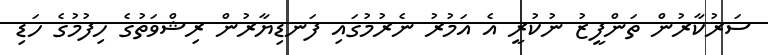
ސަރުކާރުން ތަންފީޒު ނުކުރީ އެ އަމުރު ނެރުމުގައި ފަނޑިޔާރުން ރިޝްވަތުގެ ހިފުމުގެ ހަޑި